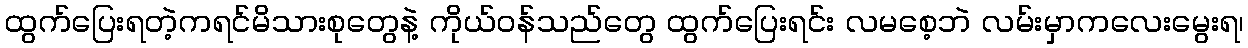
ထွက်ပြေးရတဲ့ကရင်မိသားစုတွေနဲ့ ကိုယ်ဝန်သည်တွေ ထွက်ပြေးရင်း လမစေ့ဘဲ လမ်းမှာကလေးမွေးရ၊